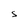
Character: S